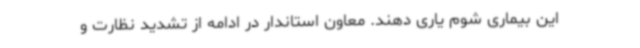
این بیماری شوم یاری دهند. معاون استاندار در ادامه از تشدید نظارت و